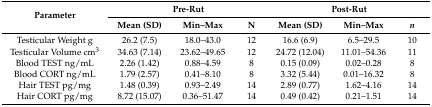
<table><thead><tr><td rowspan="2"><b>Parameter</b></td><td colspan="3"><b>Pre-Rut</b></td><td colspan="3"><b>Post-Rut</b></td></tr><tr><td><b>Mean (SD)</b></td><td><b>Min–Max</b></td><td><b>N</b></td><td><b>Mean (SD)</b></td><td><b>Min–Max</b></td><td><b><i>n</i></b></td></tr></thead><tbody><tr><td>Testicular Weight g</td><td>26.2 (7.5)</td><td>18.0–43.0</td><td>12</td><td>16.6 (6.9)</td><td>6.5–29.5</td><td>10</td></tr><tr><td>Testicular Volume cm<sup>3</sup></td><td>34.63 (7.14)</td><td>23.62–49.65</td><td>12</td><td>24.72 (12.04)</td><td>11.01–54.36</td><td>11</td></tr><tr><td>Blood TEST ng/mL</td><td>2.26 (1.42)</td><td>0.88–4.59</td><td>8</td><td>0.15 (0.09)</td><td>0.02–0.28</td><td>8</td></tr><tr><td>Blood CORT ng/mL</td><td>1.79 (2.57)</td><td>0.41–8.10</td><td>8</td><td>3.32 (5.44)</td><td>0.01–16.32</td><td>8</td></tr><tr><td>Hair TEST pg/mg</td><td>1.48 (0.39)</td><td>0.93–2.49</td><td>14</td><td>2.89 (0.77)</td><td>1.62–4.16</td><td>14</td></tr><tr><td>Hair CORT pg/mg</td><td>8.72 (15.07)</td><td>0.36–51.47</td><td>14</td><td>0.49 (0.42)</td><td>0.21–1.51</td><td>14</td></tr></tbody></table>